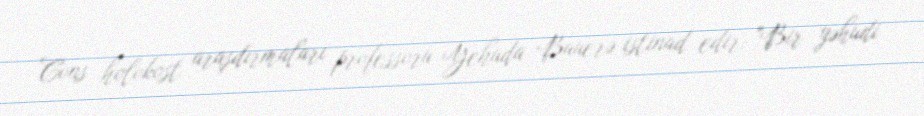
Cons holokost araşdırmaları professoru Yehuda Bauerə istinad edir: "Bir yəhudi